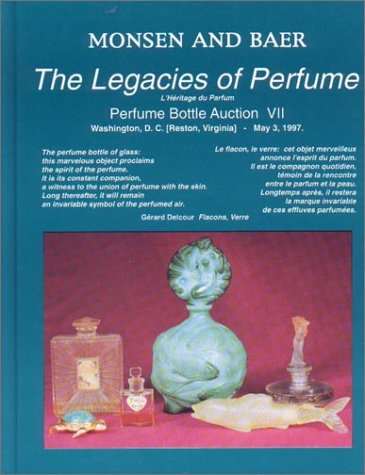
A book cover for The Legacies of Perfume: Perfume Bottle Auction VII; Randy Monsen; Crafts, Hobbies & Home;